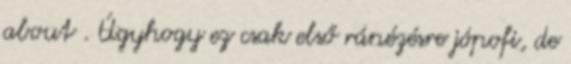
about . Úgyhogy ez csak első ránézésre jópofi, de